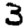
Digit: 3